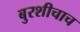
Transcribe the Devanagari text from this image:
बुरशीचाच